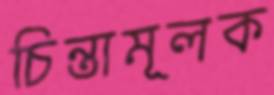
চিন্তামূলক